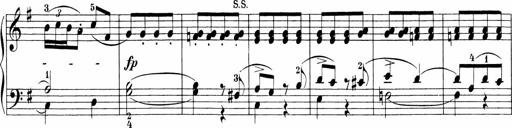
Title: 3 Sonatinas
Composer: Carl Reinecke